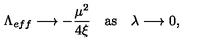
\Lambda _ { e f f } \longrightarrow - \frac { \mu ^ { 2 } } { 4 \xi } \quad \mathrm { a s } \quad \lambda \longrightarrow 0 ,